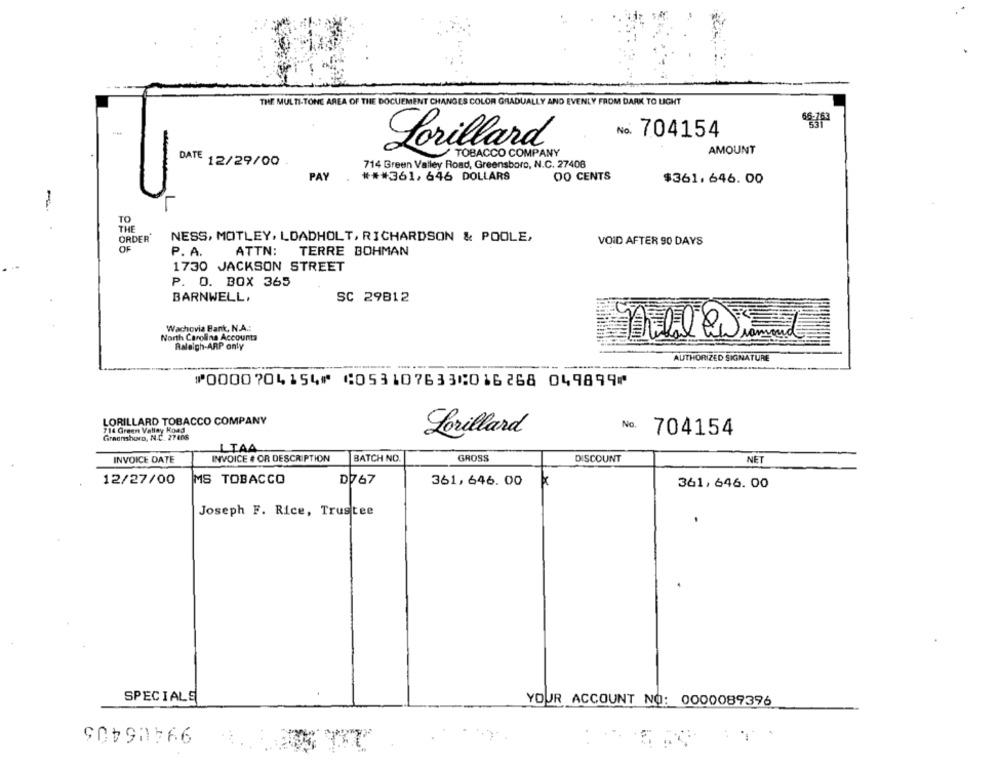
THE MULTI-TONE AREA OF THE DOCUMENT CHANGES COLOR GRADUALLY AND EVENLY FROM DARK TO LIGHT
No. 704154
Lorillard
TOBACCO COMPANY
AMOUNT
DATE 12/29/00
714 Green Valley Road, Greensboro, N.C. 27408
PAY
00 CENTS
*** 361, 646 DOLLARS
$361.646. 00
TO
THE
ORDER
NESS, MOTLEY, LOADHOLT, RICHARDSON & POOLE,
VOID AFTER 90 DAYS
OF
P. A.
ATTN: TERRE BOHMAN
1730 JACKSON STREET
P. O. BOX 365
BARNWELL.
SC 29812
Wachovia Bank, N.A .:
North Carolina Accounts
Raleigh-ARP only
AUTHORIZED SIGNATURE
⑈0000704154⑈ ⑆053107633⑆016268 049899⑈
LORILLARD TOBACCO COMPANY
714 Green Valley Road
No.
GirnonshorD, N.C. 27406
Lorillard
704154
LTAA
INVOICE DATE
INVOICE # OR DESCRIPTION
BATCH NO.
GROSS
DISCOUNT
NET
12/27/00
MS TOBACCO
D767
361, 646. 00
361, 646. 00
Joseph F. Rice, Trustee
SPECIALS
YOUR ACCOUNT NO: 0000089396
90$90766